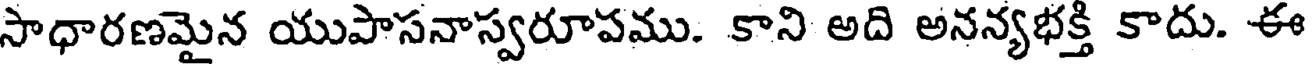
సాధారణమైన యుపాసనాస్వరూపము. కాని అది అనన్యభక్తి కాదు. ఈ